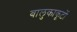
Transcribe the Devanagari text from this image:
बालुकाकूटों